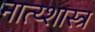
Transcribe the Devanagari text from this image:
नात्य्शास्त्र